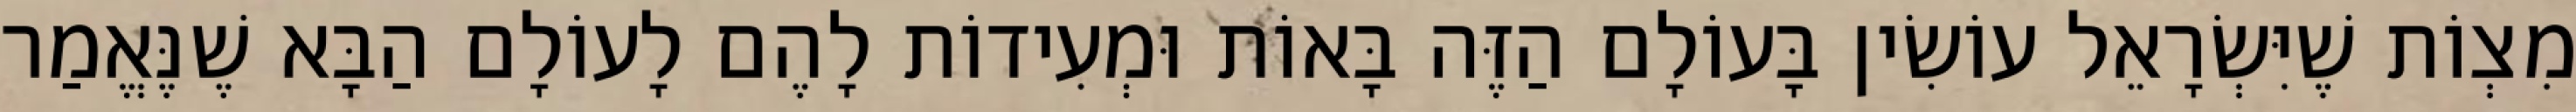
מִצְוֹת שֶׁיִּשְׂרָאֵל עוֹשִׂין בָּעוֹלָם הַזֶּה בָּאוֹת וּמְעִידוֹת לָהֶם לָעוֹלָם הַבָּא שֶׁנֶּאֱמַר